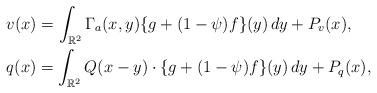
LaTeX: \begin{align*}&v(x)=\int_{\mathbb R^2}\Gamma_a(x,y)\{g+(1-\psi)f\}(y)\,dy +P_v(x), \\&q(x)=\int_{\mathbb R^2}Q(x-y)\cdot \{g+(1-\psi)f\}(y)\,dy+P_q(x), \end{align*}